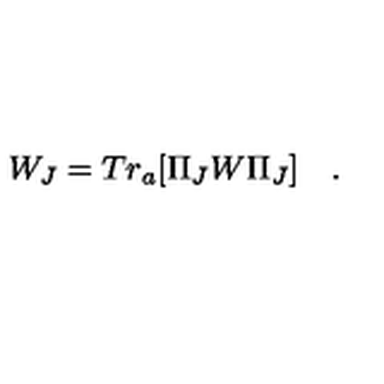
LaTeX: W _ { J } = T r _ { a } [ \Pi _ { J } W \Pi _ { J } ] \quad .